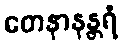
တေနာနန္တရံ